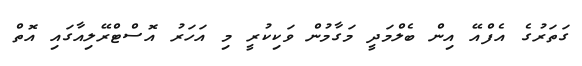
ގަތަރުގެ އެފްއޭ އިން ބެލްމަދީ މަގާމުން ވަކިކުރީ މި އަހަރު އޮސްޓްރޭލިއާގައި އޮތް